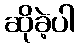
ဆိုခဲ့ပါ